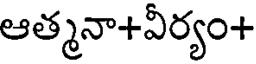
ఆత్మనా+వీర్యం+